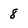
Character: 8